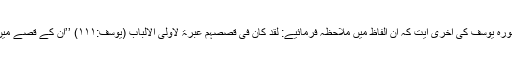
لیکن اس سے اس کا جو مقصود ہے وہ سورہ یوسف کی آخری آیت کہ ان الفاظ میں ملاحظہ فرمائیے: لَقَدْ کَانَ فِیْ قَصَصِہِمْ عِبْرَۃٌ لِّاُوْلِی الْاَلْبَابِ (یوسف:۱۱۱) ’’ان کے قصے میں اہلِ عقل کے لیے (سامانِ) عبرت ہے‘‘۔